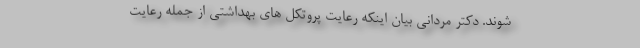
شوند. دکتر مردانی بیان اینکه رعایت پروتکل های بهداشتی از جمله رعایت